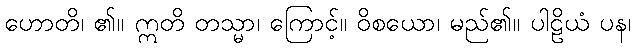
ဟောတိ၊ ၏။ ဣတိ တသ္မာ၊ ကြောင့်။ ဝိစယော၊ မည်၏။ ပါဠိယံ ပန၊